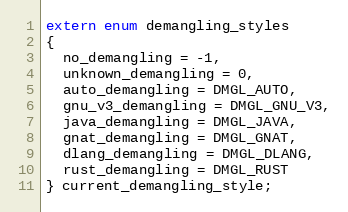
Language: C
extern enum demangling_styles
{
  no_demangling = -1,
  unknown_demangling = 0,
  auto_demangling = DMGL_AUTO,
  gnu_v3_demangling = DMGL_GNU_V3,
  java_demangling = DMGL_JAVA,
  gnat_demangling = DMGL_GNAT,
  dlang_demangling = DMGL_DLANG,
  rust_demangling = DMGL_RUST
} current_demangling_style;